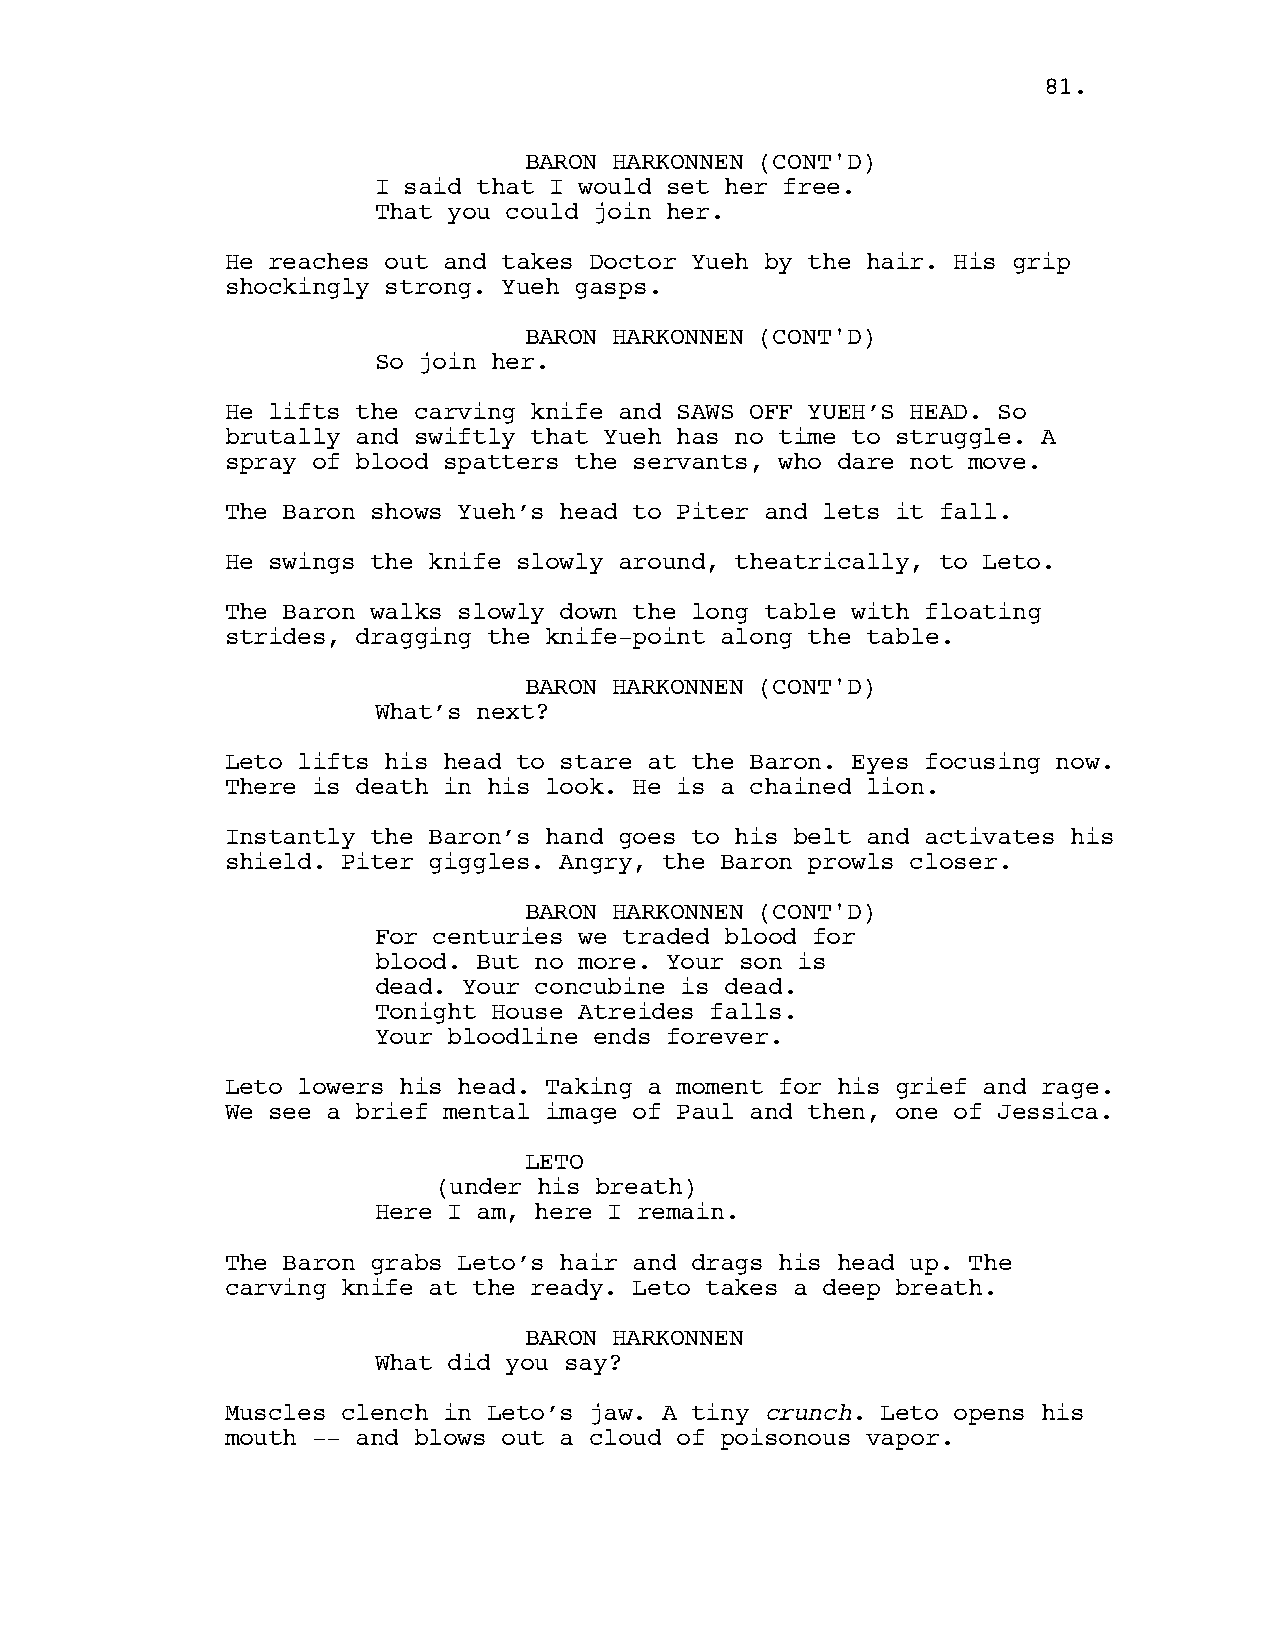
8811..
 BARON HARKONNEN (CONT'D)
 I said that I would set her free.
 That you could join her.
 He reaches out and takes Doctor Yueh by the hair. His grip
 shockingly strong. Yueh gasps.
 BARON HARKONNEN (CONT'D)
 So join her.
 He lifts the carving knife and SAWS OFF YUEH’S HEAD. So
 brutally and swiftly that Yueh has no time to struggle. A
 spray of blood spatters the servants, who dare not move.
 The Baron shows Yueh’s head to Piter and lets it fall.
 He swings the knife slowly around, theatrically, to Leto.
 The Baron walks slowly down the long table with floating
 strides, dragging the knife-point along the table.
 BARON HARKONNEN (CONT'D)
 What’s next?
 Leto lifts his head to stare at the Baron. Eyes focusing now.
 There is death in his look. He is a chained lion.
 Instantly the Baron’s hand goes to his belt and activates his
 shield. Piter giggles. Angry, the Baron prowls closer.
 BARON HARKONNEN (CONT'D)
 For centuries we traded blood for
 blood. But no more. Your son is
 dead. Your concubine is dead.
 Tonight House Atreides falls.
 Your bloodline ends forever.
 Leto lowers his head. Taking a moment for his grief and rage.
 We see a brief mental image of Paul and then, one of Jessica.
 LETO
 (under his breath)
 Here I am, here I remain.
 The Baron grabs Leto’s hair and drags his head up. The
 carving knife at the ready. Leto takes a deep breath.
 BARON HARKONNEN
 What did you say?
 Muscles clench in Leto’s jaw. A tiny crunch. Leto opens his
 mouth -- and blows out a cloud of poisonous vapor.